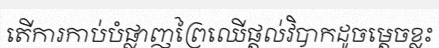
តើការកាប់បំផ្លាញព្រៃឈើផ្តល់វិបាកដូចម្តេចខ្លះ